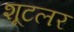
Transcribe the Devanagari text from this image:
शूटलर